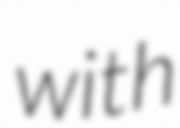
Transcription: with